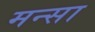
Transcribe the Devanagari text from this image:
मन्सा